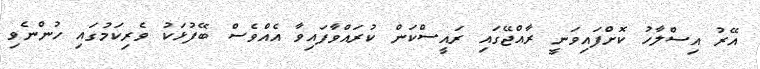
އޭރު އިސްލާހު ކޮށްފައިވަނީ ރާއްޖޭގައި ރައީސްކަން ކުރައްވާފައިވާ އެއްވެސް ބޭފުޅަކު ވެރިކަމުގައި ހުންނެވި